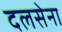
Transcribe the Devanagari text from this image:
दलसेना